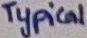
Text: Typical